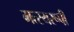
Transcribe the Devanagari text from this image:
मत्स्यरूपी